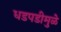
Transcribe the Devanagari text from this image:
धडपडीमुळे